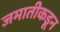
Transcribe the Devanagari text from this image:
जमातीकडून